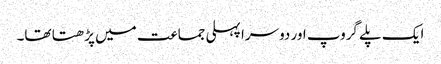
ایک پلے گروپ اور دوسرا پہلی جماعت میں پڑھتا تھا۔